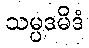
သမ္ပဒမိဒံ